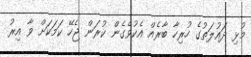
މުޅި ދައުލަތުގެ ހުރިހާ ބާރެއް އެކުވެގެން ކުރަން ޖެހޭ ކަމަކަށް ވާ އިރު